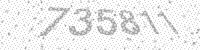
Solution: 735811